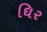
ઘિર